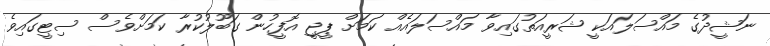
ނަޝީދުގެ މައްސަލައަކީ ޝަރީއަތުގައިވާ މައްސަލައެއް ކަމަށް ޕީޖީ އޮފީހުން ގަބޫލުކުރާ ކަމަށްވެސް ސިޓީގައިވެ